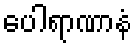
ပေါရာဏာနံ